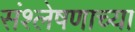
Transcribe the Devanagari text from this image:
संश्लेषणाच्या